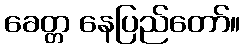
ခေတ္တ နေပြည်တော်။